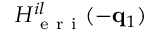
H _ { \mathrm { ~ e ~ r ~ i ~ } } ^ { i l } ( - \mathbf { q } _ { 1 } )